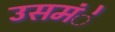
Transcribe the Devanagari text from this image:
उसमंे